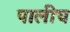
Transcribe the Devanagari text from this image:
पालीच